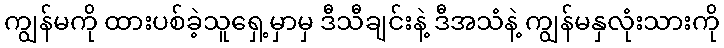
ကျွန်မကို ထားပစ်ခဲ့သူရှေ့မှာမှ ဒီသီချင်းနဲ့ ဒီအသံနဲ့ ကျွန်မနှလုံးသားကို